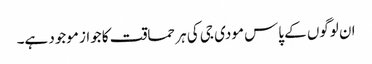
ان لوگوں کے پاس مودی جی کی ہر حماقت کا جواز موجود ہے۔